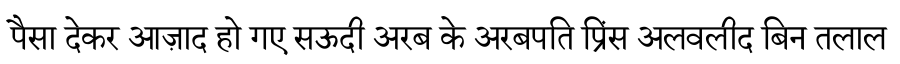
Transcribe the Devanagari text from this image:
पैसा देकर आज़ाद हो गए सऊदी अरब के अरबपति प्रिंस अलवलीद बिन तलाल